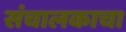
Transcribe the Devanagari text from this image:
संचालकाचा